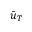
\bar { u } _ { T }